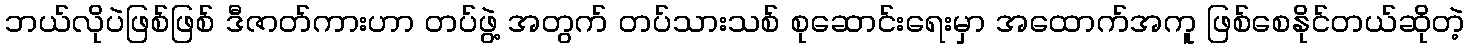
ဘယ်လိုပဲဖြစ်ဖြစ် ဒီဇာတ်ကားဟာ တပ်ဖွဲ့ အတွက် တပ်သားသစ် စုဆောင်းရေးမှာ အထောက်အကူ ဖြစ်စေနိုင်တယ်ဆိုတဲ့